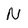
Character: N